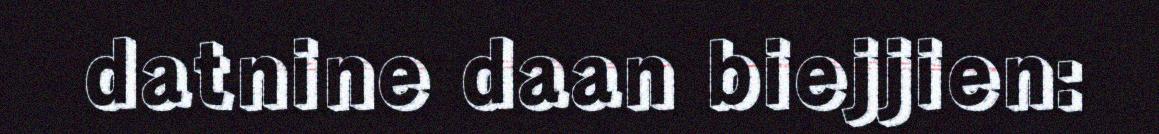
datnine daan biejjien: